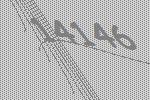
14146